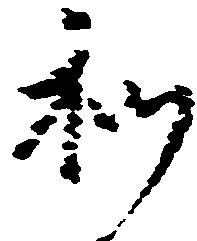
和